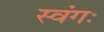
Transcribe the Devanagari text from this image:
स्वंगः